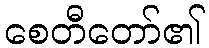
စေတီတော်၏